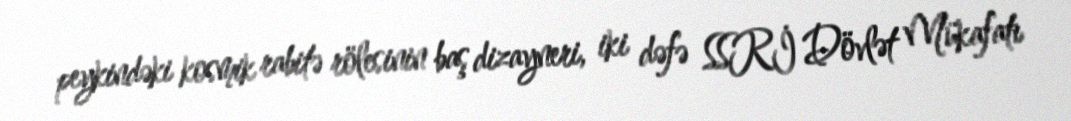
peykindəki kosmik rabitə rölesinin baş dizayneri, iki dəfə SSRİ Dövlət Mükafatı